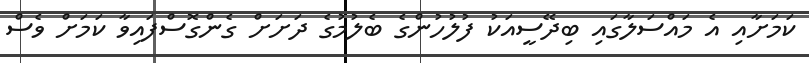
ކަމަށާއި އެ މައްސަލާގައި ބިދޭސީއަކު ފުލުހުންގެ ބެލުމުގެ ދަށަށް ގެންގޮސްފައިވާ ކަމަށް ވެސް